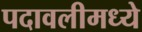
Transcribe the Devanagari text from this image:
पदावलीमध्ये